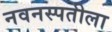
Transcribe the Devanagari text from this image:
नवनस्पतीला